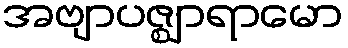
အဗျာပဇ္ဈာရာမော